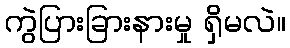
ကွဲပြားခြားနားမှု ရှိမလဲ။